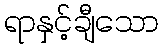
ရာနှင့်ချီသော